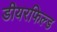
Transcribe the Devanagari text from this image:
डीयरफिल्ड